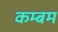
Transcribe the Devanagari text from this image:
कम्बम